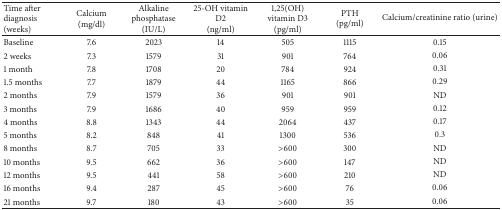
| Time after diagnosis (weeks) | Calcium(mg/dl) | Alkaline phosphatase(IU/L) | 25-OH vitamin D2(ng/ml) | 1,25(OH) vitamin D3(pg/ml) | PTH(pg/ml) | Calcium/creatinine ratio (urine) |
 | --- | --- | --- | --- | --- | --- | --- |
 | Baseline | 7.6 | 2023 | 14 | 505 | 1115 | 0.15 |
 | 2 weeks | 7.3 | 1579 | 31 | 901 | 764 | 0.06 |
 | 1 month | 7.8 | 1708 | 20 | 784 | 924 | 0.31 |
 | 1.5 months | 7.7 | 1879 | 44 | 1165 | 866 | 0.29 |
 | 2 months | 7.9 | 1579 | 36 | 901 | 901 | ND |
 | 3 months | 7.9 | 1686 | 40 | 959 | 959 | 0.12 |
 | 4 months | 8.8 | 1343 | 44 | 2064 | 437 | 0.17 |
 | 5 months | 8.2 | 848 | 41 | 1300 | 536 | 0.3 |
 | 8 months | 8.7 | 705 | 33 | >600 | 300 | ND |
 | 10 months | 9.5 | 662 | 36 | >600 | 147 | ND |
 | 12 months | 9.5 | 441 | 58 | >600 | 210 | ND |
 | 16 months | 9.4 | 287 | 45 | >600 | 76 | 0.06 |
 | 21 months | 9.7 | 180 | 43 | >600 | 35 | 0.06 |